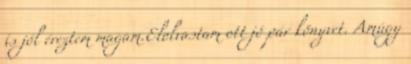
is jól éreztem magam.Elolvastam ott jó pár könyvet. Amúgy